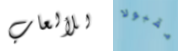
للألعاب مقبولا